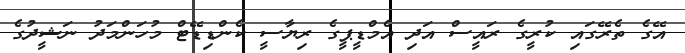
އޭގެ ތެރޭގައި ކުރީގެ ރައީސް އަދި އެމްޑީޕީގެ ރިޔާސީ ކެންޑިޑޭޓް މުހަންމަދު ނަޝީދުގެ